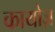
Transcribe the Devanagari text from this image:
कायोज़